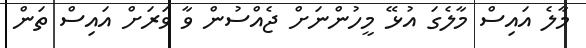
މާލެ އައިސް މާލެގަ އުޅޭ މީހުންނަށް ޖެއްސުން ވާ ވަރަށް އައިސް ތަން